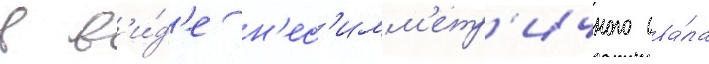
в в'и́д'е н'ес'имм'етр'ичного ова́ла